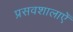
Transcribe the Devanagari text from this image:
प्रसवशालाएँ